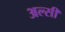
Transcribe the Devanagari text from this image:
अल्‍सी